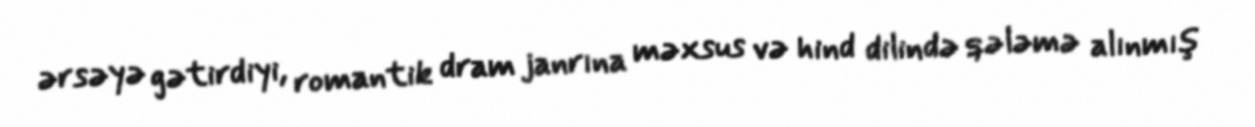
ərsəyə gətirdiyi, romantik dram janrına məxsus və hind dilində qələmə alınmış